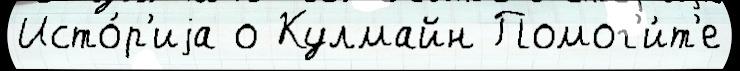
Исто́р'иjа о Кулмайн Помог'и́т'е